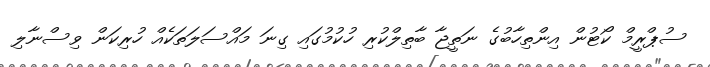
ސުޕްރީމް ކޯޓުން އިންތިހާބުގެ ނަތީޖާ ބާތިލްކުރި ހުކުމުގައި ގިނަ މައްސަލަތަކެއް ހުރިކަން ވިސްނާލި